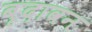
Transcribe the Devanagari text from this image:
बृदावन